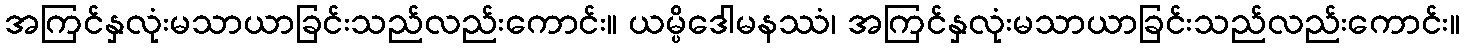
အကြင်နှလုံးမသာယာခြင်းသည်လည်းကောင်း။ ယမ္ပိဒေါမနဿံ၊ အကြင်နှလုံးမသာယာခြင်းသည်လည်းကောင်း။